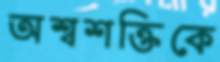
অশ্বশক্তিকে